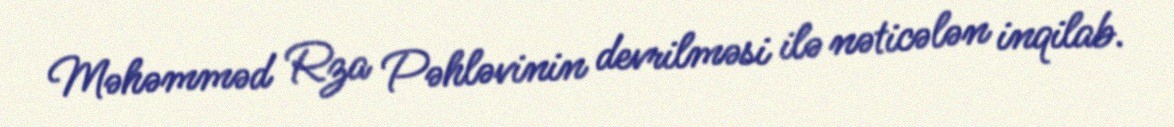
Məhəmməd Rza Pəhləvinin devrilməsi ilə nəticələn inqilab.